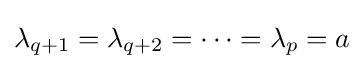
\lambda _{q+1}=\lambda _{q+2}=\cdots =\lambda _{p}=a